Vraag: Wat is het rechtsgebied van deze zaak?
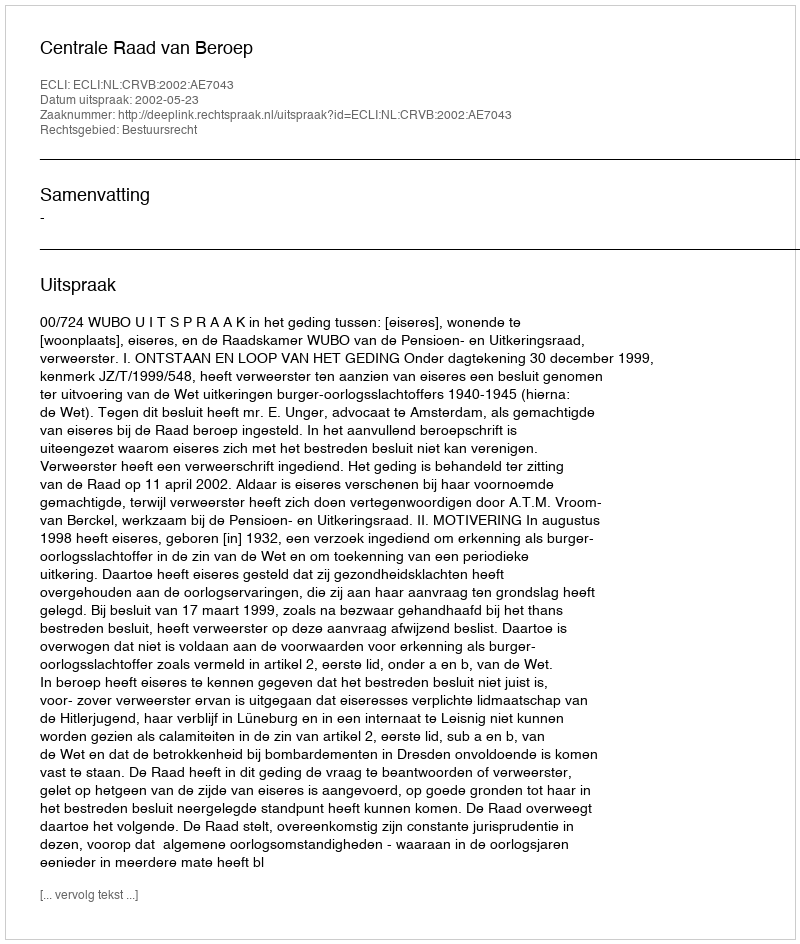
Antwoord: Bestuursrecht